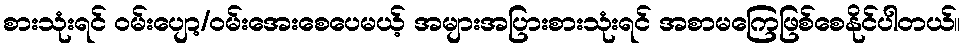
စားသုံးရင် ဝမ်းပျော့/ဝမ်းအေးစေပေမယ့် အများအပြားစားသုံးရင် အစာမကြေဖြစ်စေနိုင်ပါတယ်။